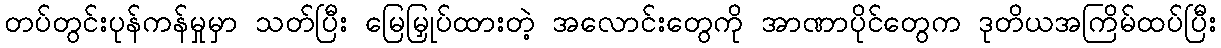
တပ်တွင်းပုန်ကန်မှုမှာ သတ်ပြီး မြေမြှုပ်ထားတဲ့ အလောင်းတွေကို အာဏာပိုင်တွေက ဒုတိယအကြိမ်ထပ်ပြီး